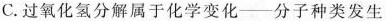
C.过氧化氢分解属于化学变化——分子种类发生